Report of an investigation into the causes of malaria in Bombay and the measures necessary for its control
Disease focus: Malaria
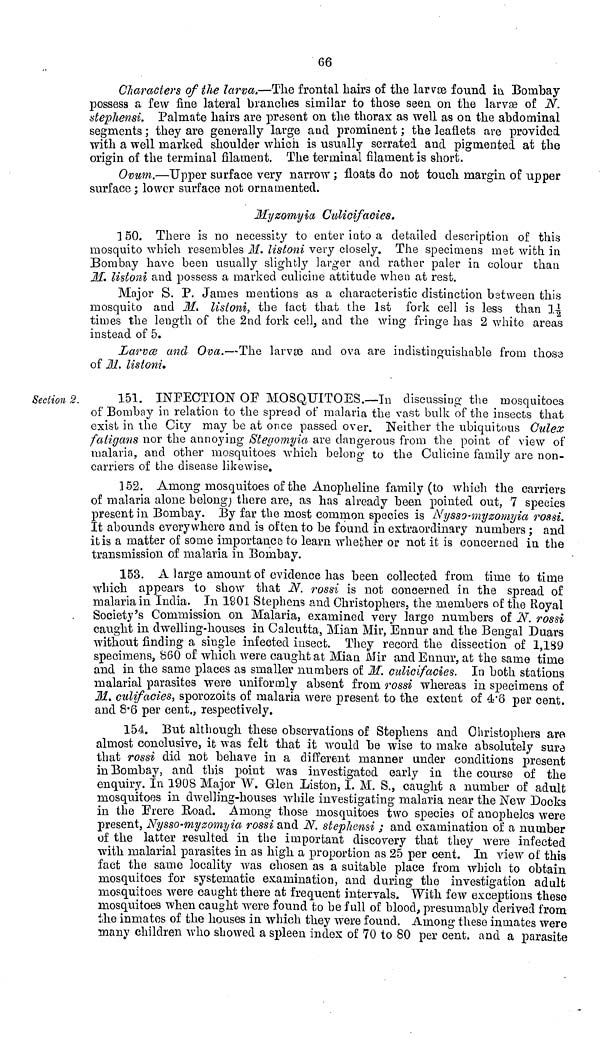
66
Characters of the larva.—The frontal hairs of the larvae found in Bombay
possess a few fine lateral branches similar to those seen on the larvæof N.
stephensi. Palmate hairs are present on the thorax as well as on. the abdominal
segments ; they are generally large and prominent ; the leaflets are provided
with a well marked shoulder which is usually serrated and pigmented at the
origin of the terminal filament. The terminal filament is short.
Ovum.—Upper surface very narrow ; floats do not touch margin of upper
surface ; lower surface not ornamented.
Myzomyia Culicifacies.
150. There is no necessity to enter into a detailed description of this
mosquito which resembles M. listoni very closely. The specimens met with in
Bombay have been usually slightly larger and rather paler in colour than
IL listoni and possess a marked culicine attitude when at rest.
Major S. P. James mentions as a characteristic distinction between this
mosquito and M. listoni, the fact that the 1st fork cell is less than 11/2
times the length of the 2nd fork cell, and the wing fringe has 2 white areas
instead of 5.
Larva and Ova.—The larvæ and ova are indistinguishable from those
of M. listoni.
Section 2.
151. INFECTION OF MOSQUITOES.—In discussing the mosquitoes
of Bombay in relation to the spread of malaria the vast bulk of the insects that
exist in the City may be at once passed over. Neither the ubiquitous Culex
fatigans nor the annoying Stegomyia are dangerous from the point of view of
malaria, and other mosquitoes which belong to the Culicine family are non-
carriers of the disease likewise.
152. Among mosquitoes of the Anopheline family (to which the carriers
of malaria alone belong) there are, as has already been pointed out, 7 species
present in Bombay. By far the most common species is Nysso-myzomyia rossi.
It abounds everywhere and is often to be found in extraordinary numbers ; and
it is a matter of some importance to learn whether or not it is concerned in the
transmission of malaria in Bombay.
153. A large amount of evidence has been collected from time to time
which appears to show that N. rossi is not concerned in the spread of
malaria in India. In 1901 Stephens and Christophers, the members of the Royal
Society's Commission on Malaria, examined very large numbers of N. rossi
caught in dwelling-houses in Calcutta, Mian Mir, Ennur and the Bengal Duars
without finding a single infected insect. They record the dissection of 1,189
specimens, 860 of which were caught at Mian Mir and Ennur, at the same time
and in the same places as smaller numbers of M. culicifacies. In both stations
malarial parasites were uniformly absent from rossi whereas in specimens of
M. culifacies, sporozoits of malaria were present to the extent of 4.6 per
154. But although these observations of Stephens and Christophers aro
almost conclusive, it was felt that it would be wise to make absolutely sure
that rossi did not behave in a different manner under conditions present
in Bombay, and this point was investigated early in the course of the
enquiry. In 1908 Major W. Glen Liston, I. M. S., caught a number of adult
mosquitoes in dwelling-houses while investigating malaria near the New Docks
in the Frere Road. Among those mosquitoes two species of anopheles were
present, Nysso-myzomyia rossi and N. stephensi ; and examination of a number
of the latter resulted in the important discovery that they were infected
with malarial parasites in as high a proportion as 25 per cent. In view of this
fact the same locality was chosen as a suitable place from which to obtain
mosquitoes for systematic examination, and during the investigation adult
mosquitoes were caught there at frequent intervals, With few exceptions these
mosquitoes when caught were found to be full of blood, presumably derived from
the inmates of the houses in which they were found. Among these inmates were
many children who showed a spleen index of 70 to 80 per cent. and a parasite